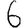
Digit: 6